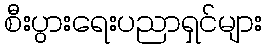
စီးပွားရေးပညာရှင်များ